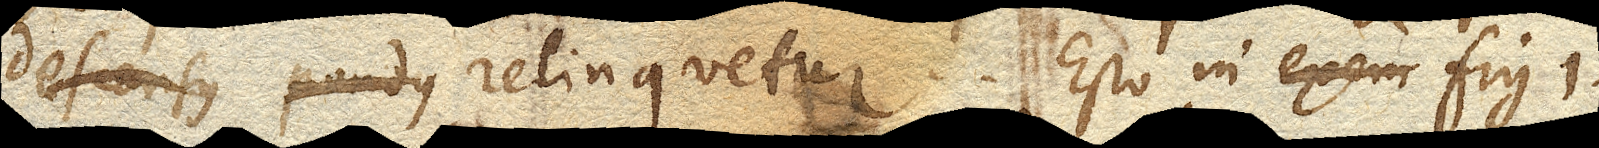
_ _ relinquetur. Esto in exem fig 1.